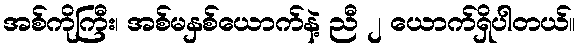
အစ်ကိုကြီး၊ အစ်မနှစ်ယောက်နဲ့ ညီ ၂ ယောက်ရှိပါတယ်။